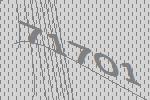
71701